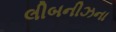
લીબનીઝના